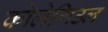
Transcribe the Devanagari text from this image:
कोलेगिउल